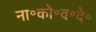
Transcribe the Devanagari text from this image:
ना॰को॰व॰दे॰